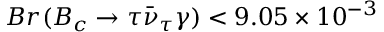
B r ( B _ { c } \to \tau \bar { \nu } _ { \tau } \gamma ) < 9 . 0 5 \times 1 0 ^ { - 3 }